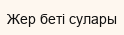
Жер беті сулары